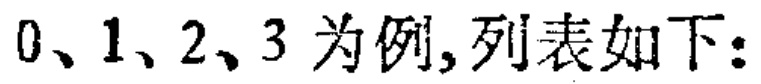
以\(0、1、2、3\)为例,列表如下：